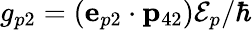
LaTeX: g_{p2}=({\mathbf e}_{p2}\cdot{\mathbf p}_{42}){\cal E}_{p}/\hbar